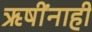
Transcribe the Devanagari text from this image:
ऋषींनाही